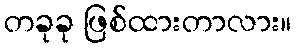
တခုခု ဖြစ်ထားတာလား။